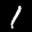
Label: 1